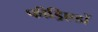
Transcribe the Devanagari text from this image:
फीड्रिएडों